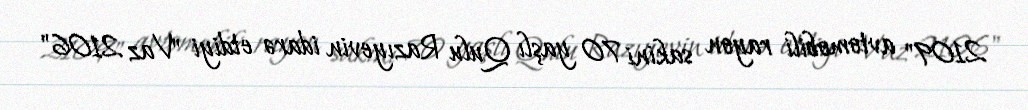
2109" avtomobili rayon sakini 70 yaşlı Qulu Razıyevin idarə etdiyi "Vaz 2106"